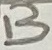
Text: B